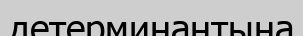
детерминантына